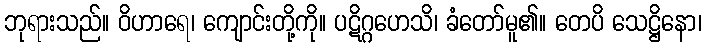
ဘုရားသည်။ ဝိဟာရေ၊ ကျောင်းတို့ကို။ ပဋိဂ္ဂဟေသိ၊ ခံတော်မူ၏။ တေပိ သေဋ္ဌိနော၊